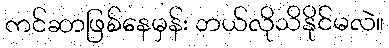
ကင်ဆာဖြစ်နေမှန်း ဘယ်လိုသိနိုင်မလဲ။